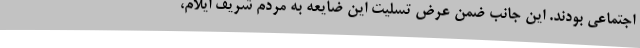
اجتماعی بودند. این جانب ضمن عرض تسلیت این ضایعه به مردم شریف ایلام،